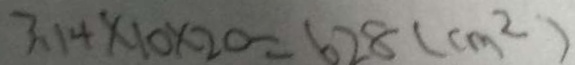
3 . 1 4 \times 1 0 \times 2 0 = 6 2 8 ( c m ^ { 2 } )